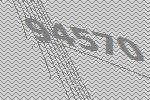
94570